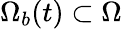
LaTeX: \Omega_{b}(t)\subset\Omega